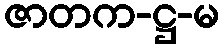
ဇာတက-ဋ္ဌ-မ